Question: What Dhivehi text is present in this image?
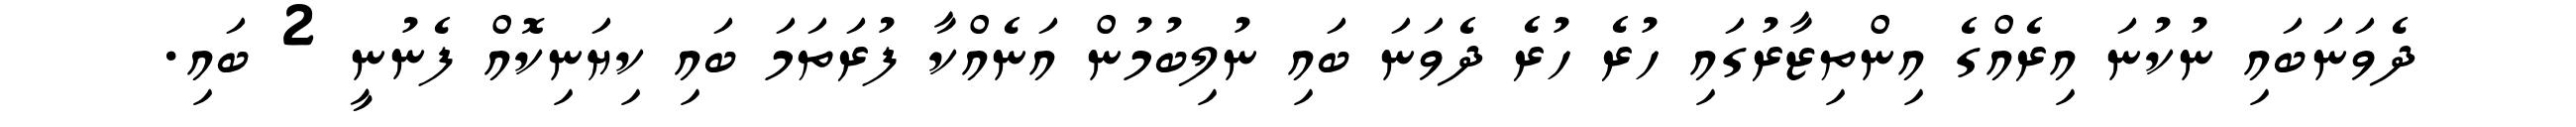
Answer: ދެވަނަބައި ނުކުނަ އިރެއްގެ އިންތިޒާރުގައި ހުރެ ހުރެ ދެވަނަ ބައި ނުލިބުމުން އަނެއްކާ ފުރަތަމަ ބައި ކިޔަނިކޮއް ފެނުނީ 2 ބައި.